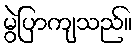
မွဲပြာကျသည်။